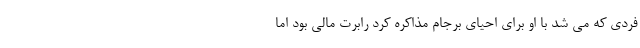
فردی که می شد با او برای احیای برجام مذاکره کرد رابرت مالی بود اما